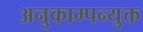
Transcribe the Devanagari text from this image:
अनुकाम्पन्युक्त